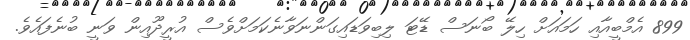
899 އެމްބީއާއި ހަމައަށް ހިލޭ ބޯނަސް ޑޭޓަ ލިބިވަޑައިގަންނަވާނެކަމަށްވެސް އުރީދޫއިން ވަނީ ބުނެފައެވެ.